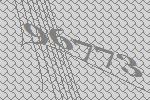
96773